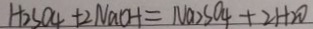
H _ { 2 } S O _ { 4 } + 2 N a O H = N a _ { 2 } S O _ { 4 } + 2 H _ { 2 } O